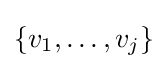
\{v_{1},\ldots ,v_{j}\}